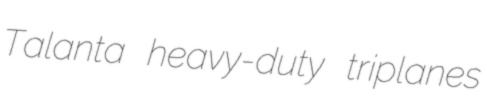
Talanta heavy-duty triplanes